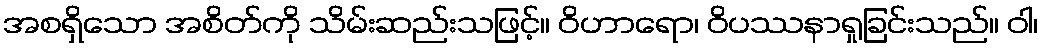
အစရှိသော အစိတ်ကို သိမ်းဆည်းသဖြင့်။ ဝိဟာရော၊ ဝိပဿနာရှုခြင်းသည်။ ဝါ၊